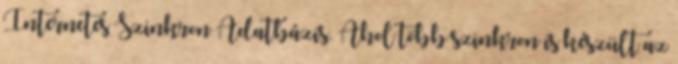
Internetes Szinkron Adatbázis. Ahol több szinkron is készült az